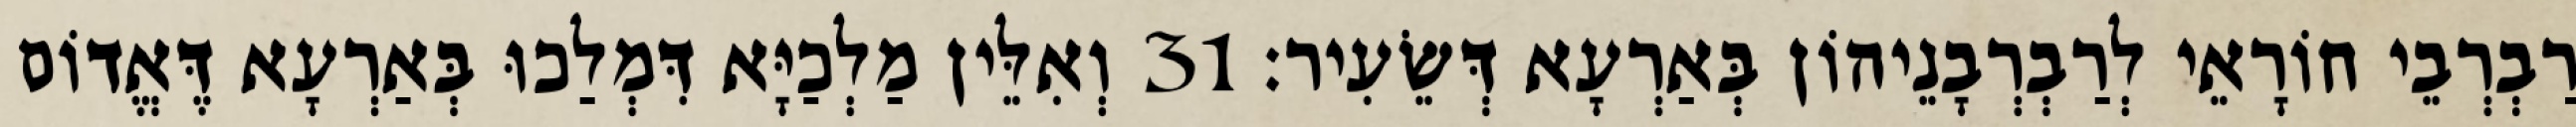
רַבְרְבֵי חוֹרָאֵי לְרַבְרְבָנֵיהוֹן בְּאַרְעָא דְּשֵׂעִיר׃ 31 וְאִלֵּין מַלְכַיָּא דִּמְלַכוּ בְּאַרְעָא דֶּאֱדוֹם